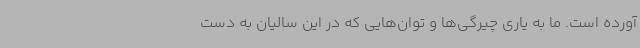
آورده است. ما به یاری چیرگی‌ها و توان‌هایی که در این سالیان به‌ دست